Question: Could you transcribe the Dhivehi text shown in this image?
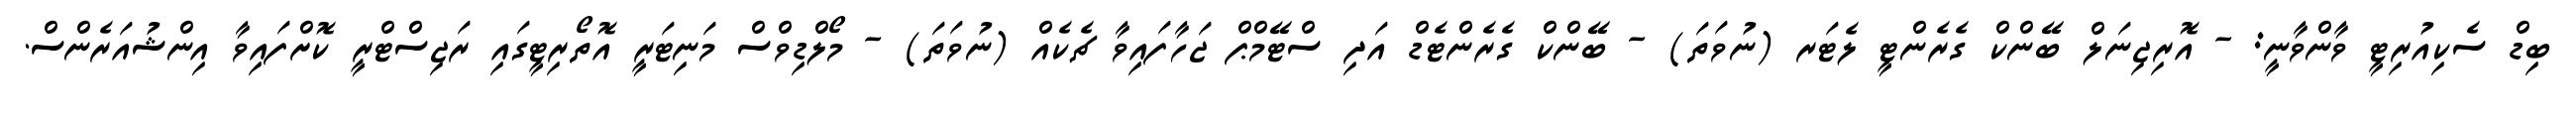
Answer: ބިޑް ސެކިއުރިޓީ ވާންވާނީ: - އޮރިޖިނަލް ބޭންކް ގެރެންޓީ ލެޓަރ (ނުވަތަ) - ބޭންކް ގެރެންޓެޑް އަދި ސްޓޭމްޕް ޖަހާފައިވާ ޗެކެއް (ނުވަތަ) - މޯލްޑިވްސް މަނިޓަރީ އޮތޯރިޓީގައި ރަޖިސްޓްރީ ކޮށްފައިވާ އިންޝުއަރެންސް.